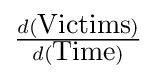
{\tfrac {d({\hbox{Victims}})}{d({\hbox{Time}})}}